Plague in India, 1896, 1897 - Volume 2
Year: 1896
Disease focus: Plague
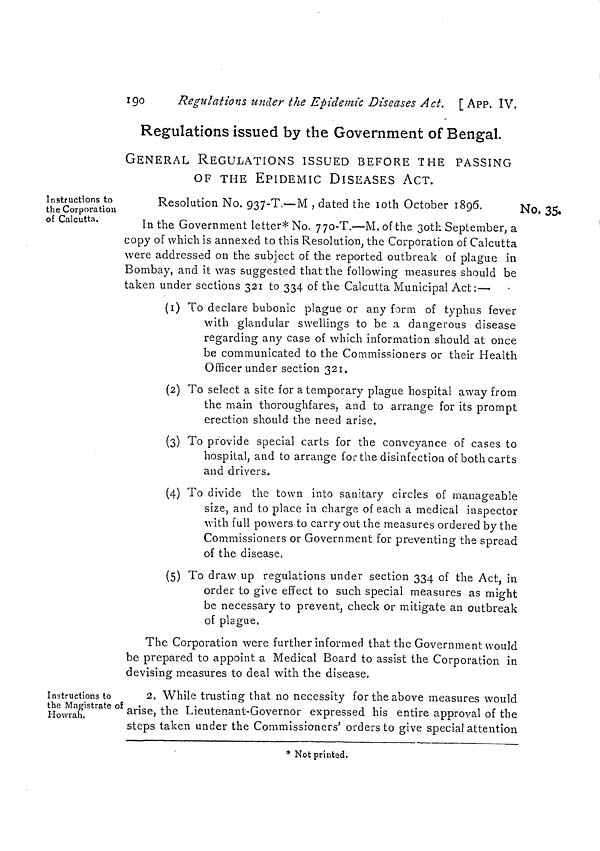
190
Regulations under the Epidemic Diseases Act. [App. IV.
Regulations issued by the Government of Bengal.
GENERAL REGULATIONS ISSUED BEFORE THE PASSING
OF THE EPIDEMIC DISEASES ACT.
Instructions to
the Corporation
of Calcutta.
No. 35.
Resolution No. 937-T.—M , dated the 10th October 1896.
In the Government letter* No. 77O-T.—M. of the 30th September, a
copy of which is annexed to this Resolution, the Corporation of Calcutta
were addressed on the subject of the reported outbreak of plague in
Bombay, and it was suggested that the following measures should be
taken under sections 321 to 334 of the Calcutta Municipal Act:—
(1) To declare bubonic plague or any form of typhus fever
with glandular swellings to be a dangerous disease
regarding any case of which information should at once
be communicated to the Commissioners or their Health
Officerunder section 321.
(2) To select a site for a temporary plague hospital away from
the main thoroughfares, and to arrange for its prompt
erection should the need arise.
(3) To provide special carts for the conveyance of cases to
hospital, and to arrange for the disinfection of both carts
and drivers.
(4) To divide the town into sanitary circles of manageable
size, and to place in charge of each a medical inspector
with full powers to carry out the measures ordered by the
Commissioners or Government for preventing the spread
of the disease.
(5) To draw up regulations under section 334 of the Act, in
order to give effect to such special measures as might
be necessary to prevent, check or mitigate an outbreak
of plague.
The Corporation were further informed that the Government would
be prepared to appoint a Medical Board to assist the Corporation in
devising measures to deal with the disease.
Instructions to
the Magistrate of
Howrah.
2. While trusting that no necessity for the above measures would
arise, the Lieutenant-Governor expressed his entire approval of the
steps taken under the Commissioners' orders to give special attention
* Not printed.